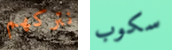
نتركهم سكوب